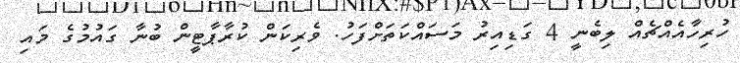
ހުރިހާއެއްޗެއް ލިބެނީ 4 ގަޑިއިރު މަސައްކަތަށްފަހު. ވެރިކަން ކުރާޕާޓީން ބުނާ ގައުމުގެ މައި